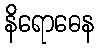
နိရောဓေန